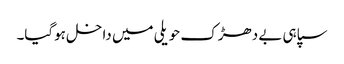
سپاہی بے دھڑک حویلی میں داخل ہوگیا۔